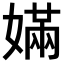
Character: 𡠪